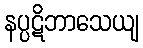
နပ္ပဋိဘာသေယျ